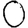
Digit: 0